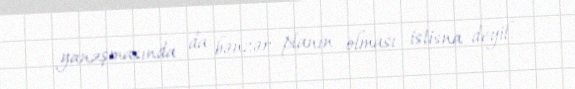
yanaşmasında da bənzər planın olması istisna deyil.